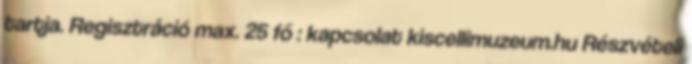
tartja. Regisztráció max. 25 fő : kapcsolat kiscellimuzeum.hu Részvételi